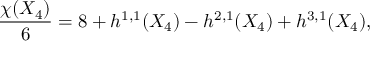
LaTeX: { \frac { \chi ( X _ { 4 } ) } { 6 } } = 8 + h ^ { 1 , 1 } ( X _ { 4 } ) - h ^ { 2 , 1 } ( X _ { 4 } ) + h ^ { 3 , 1 } ( X _ { 4 } ) ,